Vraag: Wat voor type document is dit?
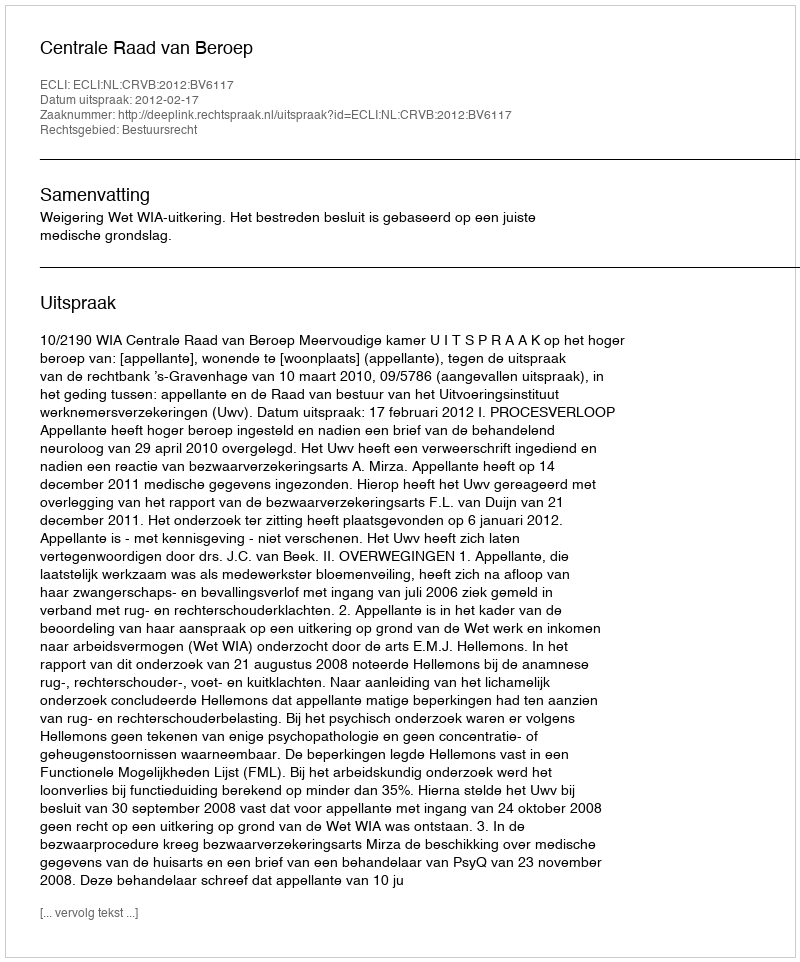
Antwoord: Uitspraak